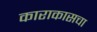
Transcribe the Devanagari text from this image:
काराकासचा